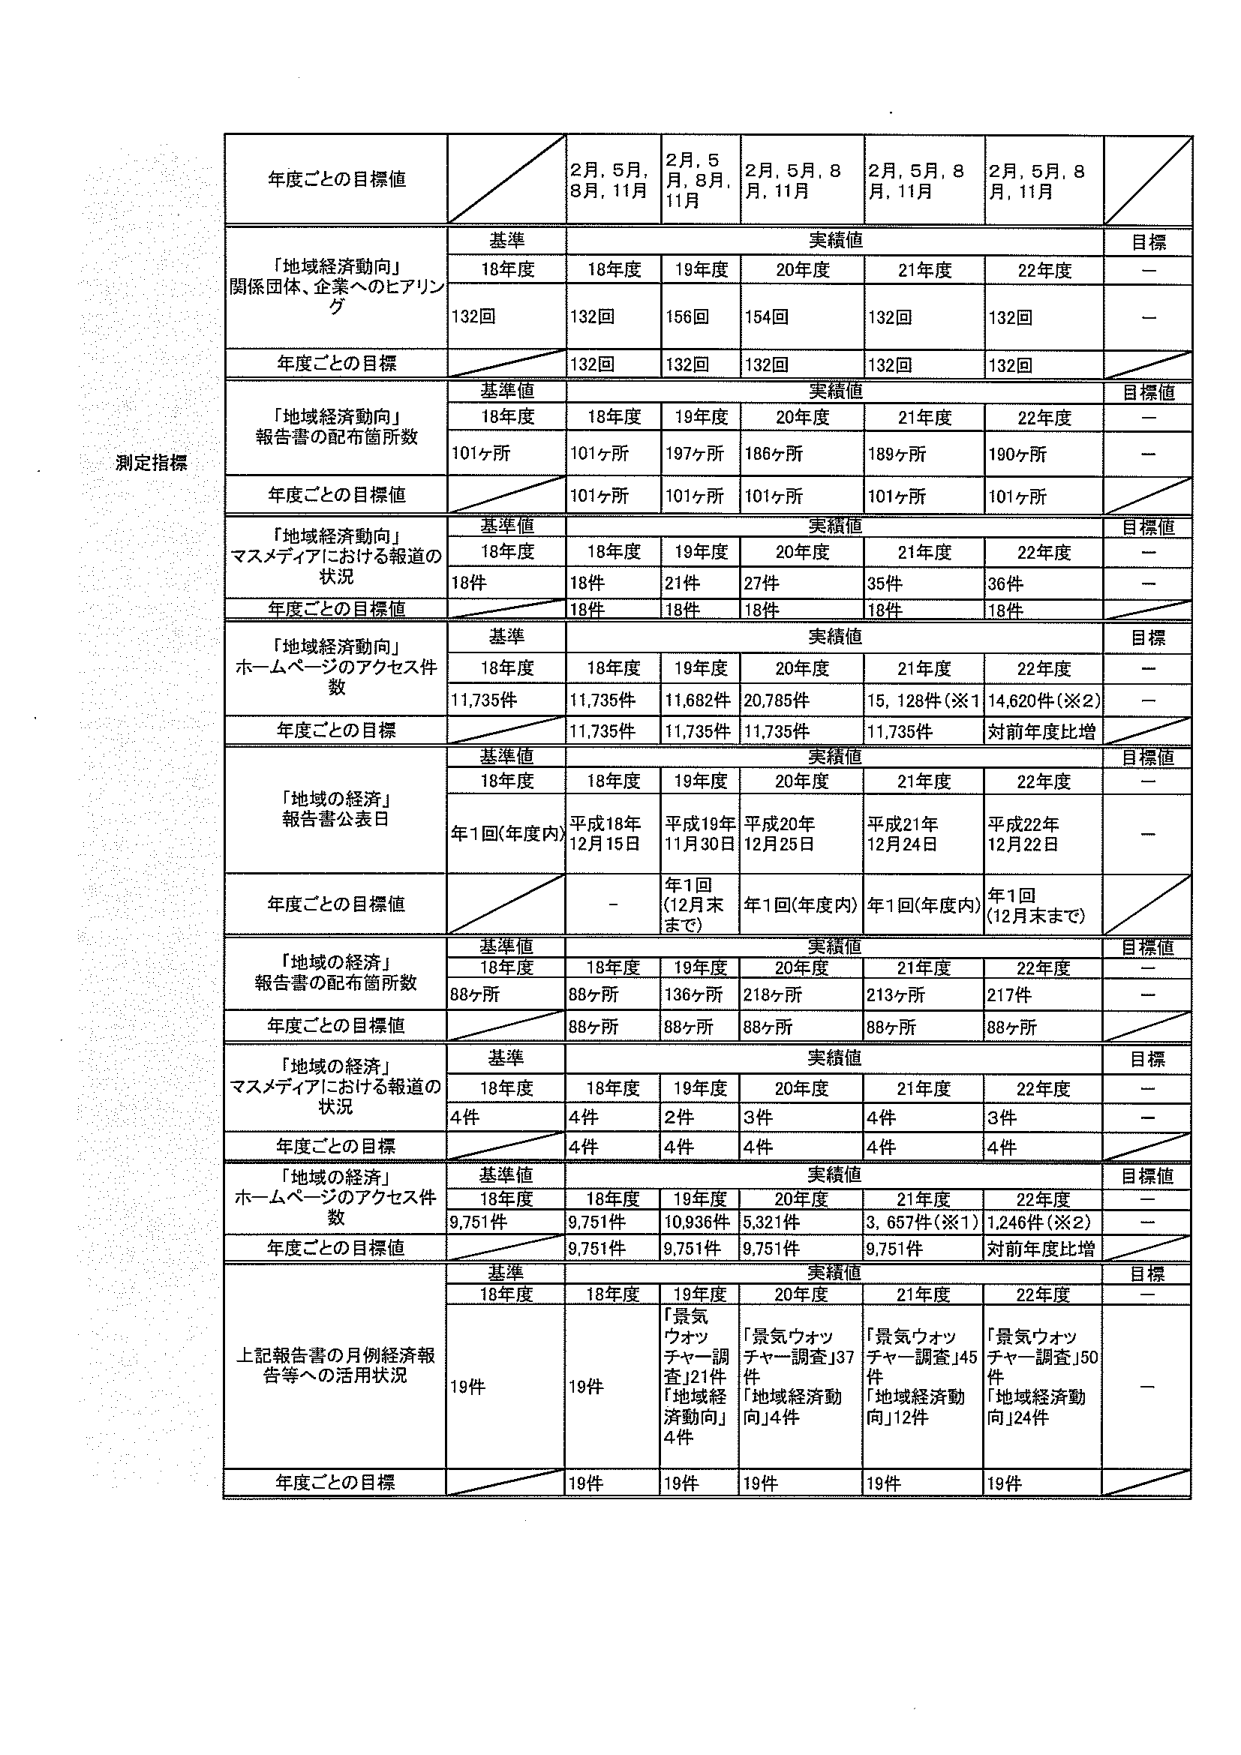
測定指標

年度ごとの目標値
2月, 5月, 8月, 11月
2月, 5月, 8月, 11月
2月, 5月, 8月, 11月
2月, 5月, 8月, 11月
2月, 5月, 8月, 11月

「地域経済動向」
関係団体、企業へのヒアリング
基準
実績値
目標
18年度
18年度
19年度
20年度
21年度
22年度
ー
132回
132回
156回
154回
132回
132回
ー
年度ごとの目標
132回
132回
132回
132回
132回

「地域経済動向」
報告書の配布箇所数
基準値
実績値
目標値
18年度
18年度
19年度
20年度
21年度
22年度
ー
101ヶ所
101ヶ所
197ヶ所
186ヶ所
189ヶ所
190ヶ所
ー
年度ごとの目標値
101ヶ所
101ヶ所
101ヶ所
101ヶ所
101ヶ所

「地域経済動向」
マスメディアにおける報道の状況
基準値
実績値
目標値
18年度
18年度
19年度
20年度
21年度
22年度
ー
18件
18件
21件
27件
35件
36件
ー
年度ごとの目標値
18件
18件
18件
18件
18件

「地域経済動向」
ホームページのアクセス件数
基準
実績値
目標
18年度
18年度
19年度
20年度
21年度
22年度
ー
11,735件
11,735件
11,682件
20,785件
15,128件(※1)
14,620件(※2)
ー
年度ごとの目標
11,735件
11,735件
11,735件
11,735件
対前年度比増

「地域の経済」
報告書公表日
基準値
実績値
目標値
18年度
18年度
19年度
20年度
21年度
22年度
ー
年1回(年度内)
平成18年12月15日
平成19年11月30日
平成20年12月25日
平成21年12月24日
平成22年12月22日
ー
年度ごとの目標値
-
年1回(12月末まで)
年1回(年度内)
年1回(年度内)
年1回(12月末まで)

「地域の経済」
報告書の配布箇所数
基準値
実績値
目標値
18年度
18年度
19年度
20年度
21年度
22年度
ー
88ヶ所
88ヶ所
136ヶ所
218ヶ所
213ヶ所
217件
ー
年度ごとの目標値
88ヶ所
88ヶ所
88ヶ所
88ヶ所
88ヶ所

「地域の経済」
マスメディアにおける報道の状況
基準
実績値
目標
18年度
18年度
19年度
20年度
21年度
22年度
ー
4件
4件
2件
3件
4件
3件
ー
年度ごとの目標
4件
4件
4件
4件
4件

「地域の経済」
ホームページのアクセス件数
基準値
実績値
目標値
18年度
18年度
19年度
20年度
21年度
22年度
ー
9,751件
9,751件
10,936件
5,321件
3,657件(※1)
1,246件(※2)
ー
年度ごとの目標値
9,751件
9,751件
9,751件
9,751件
対前年度比増

上記報告書の月例経済報告等への活用状況
基準
実績値
目標
18年度
18年度
19年度
20年度
21年度
22年度
ー
19件
19件
「景気ウォッチャー調査」21件
「地域経済動向」4件
「景気ウォッチャー調査」37件
「地域経済動向」14件
「景気ウォッチャー調査」45件
「地域経済動向」12件
「景気ウォッチャー調査」50件
「地域経済動向」24件
ー
年度ごとの目標
19件
19件
19件
18件
19件